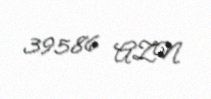
39586 AZN